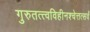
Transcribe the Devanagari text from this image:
गुरुतत्त्वविहीनश्चेत्तत्सर्वं